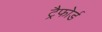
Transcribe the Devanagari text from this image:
ट्रैफोर्ड